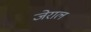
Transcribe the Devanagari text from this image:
जेराल